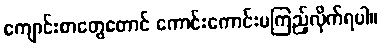
ကျောင်းစာတွေတောင် ကောင်းကောင်းမကြည့်လိုက်ရပါ။